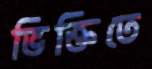
ভিক্তিতে